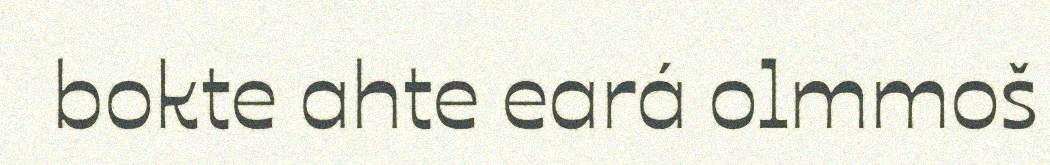
bokte ahte eará olmmoš